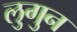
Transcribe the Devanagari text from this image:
लुगुन